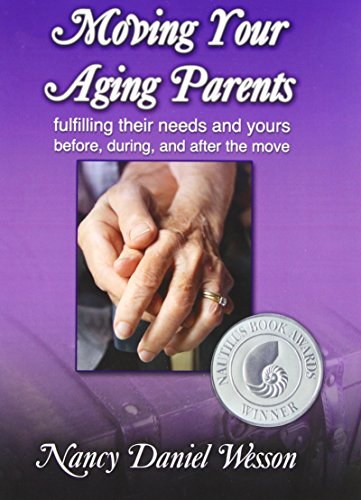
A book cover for Moving Your Aging Parents: Fulfilling Their Needs and Yours Before, During, and After the Move; Nancy Daniel Wesson; Parenting & Relationships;